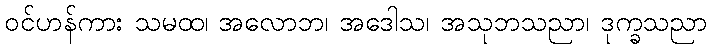
ဝင်ဟန်ကား သမထ၊ အလောဘ၊ အဒေါသ၊ အသုဘသညာ၊ ဒုက္ခသညာ